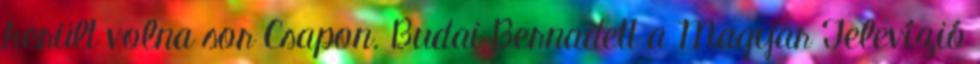
került volna sor Csapon. Budai Bernadett a Magyar Televízió